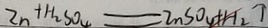
Z n + H _ { 2 } S O _ { 4 } = Z n S O _ { 4 } + H _ { 2 } \uparrow